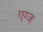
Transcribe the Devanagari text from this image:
एग्ज